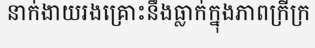
នាក់ងាយរងគ្រោះនឹងធ្លាក់ក្នុងភាពក្រីក្រ